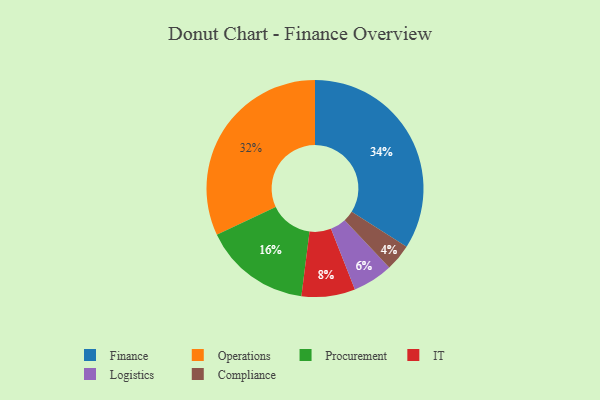
{"axis": {"x": "Category", "y": "Percentage"}, "legend": ["Compliance", "Finance", "IT", "Logistics", "Operations", "Procurement"], "data": [{"x": "Finance", "y": 34, "type": "Finance"}, {"x": "IT", "y": 8, "type": "IT"}, {"x": "Operations", "y": 32, "type": "Operations"}, {"x": "Procurement", "y": 16, "type": "Procurement"}, {"x": "Logistics", "y": 6, "type": "Logistics"}, {"x": "Compliance", "y": 4, "type": "Compliance"}]}